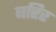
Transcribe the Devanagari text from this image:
बरिर